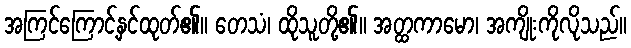
အကြင်ကြောင့်နှင်ထုတ်၏။ တေသံ၊ ထိုသူတို့၏။ အတ္ထကာမော၊ အကျိုးကိုလိုသည်။